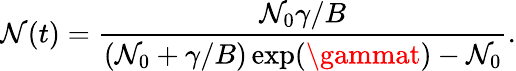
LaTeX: \mathcal{N}(t)=\frac{{\mathcal{N}_{0}\gamma/B}}{{(\mathcal{N}_{0}+\gamma/B)\exp(\gammat)-\mathcal{N}_{0}}}.